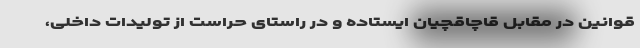
قوانین در مقابل قاچاقچیان ایستاده و در راستای حراست از تولیدات داخلی،